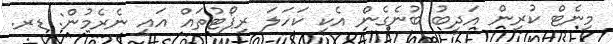
މިނެޓް ކުރިން އަދީބު ބުނެގެން އެކި ކަހަލަ ރިޕޯޓުތައް އައީ ނެރެމުން: ޑރ.